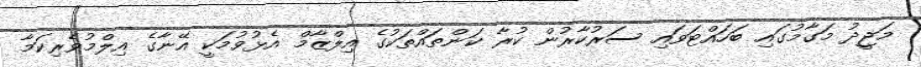
މަޖީދު މަގާމުގައި ބަހައްޓަވައި ސަރުކާރުން ކުރާ ކަންތައްތަކުގެ އިލްޒާމް އެޅުވުމަކީ އޭނާގެ އިލްމުވެރިކަމާ